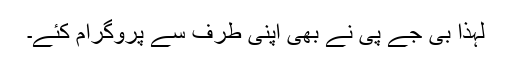
لہٰذا بی جے پی نے بھی اپنی طرف سے پروگرام کئے۔